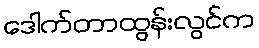
ဒေါက်တာထွန်းလွင်က